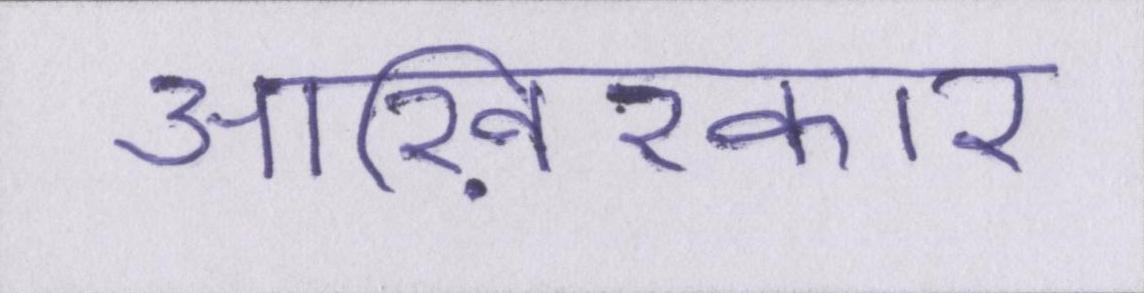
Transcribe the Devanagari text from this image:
आख़िरकार